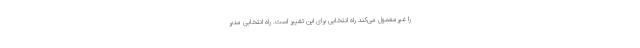
را غیرمعمول می‌کند راه انتخابی برای این تغییر است. راه انتخابی مدیر